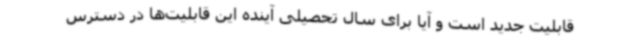
قابلیت جدید است و آیا برای سال تحصیلی آینده این قابلیت‌ها در دسترس